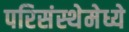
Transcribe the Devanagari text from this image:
परिसंस्थेमेध्ये